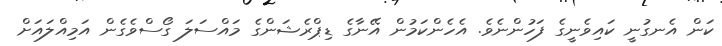
ކަން އެނގުނީ ކައިވެނީގެ ފަހުންނެވެ. އެހެންކަމުން އޭނާގެ ޑިޕްރެޝަންގެ މައްސަލަ ގޯސްވެގެން އަމިއްލައަށް